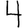
Digit: 4